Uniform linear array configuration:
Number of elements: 24
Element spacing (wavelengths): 0.25
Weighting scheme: exponential
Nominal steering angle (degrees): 45
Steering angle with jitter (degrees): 45.967
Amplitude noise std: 0.05
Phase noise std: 0.05

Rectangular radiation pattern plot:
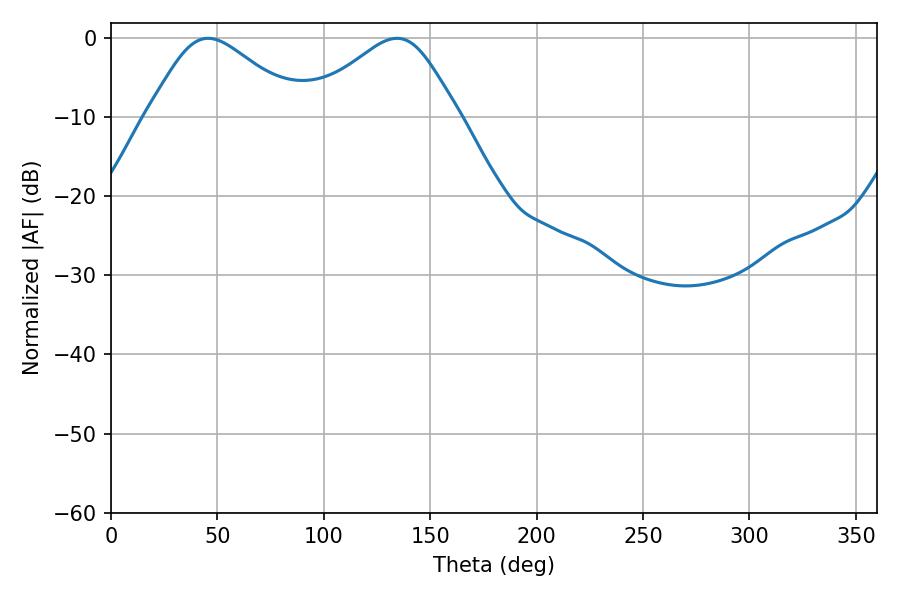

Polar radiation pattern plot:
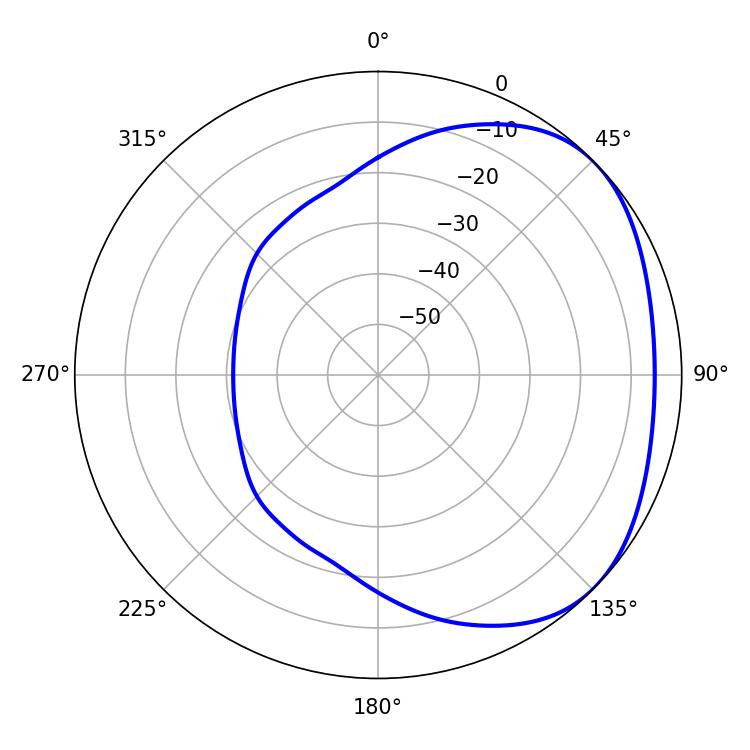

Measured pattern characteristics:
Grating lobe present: FALSE
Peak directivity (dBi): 2.719
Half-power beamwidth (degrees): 35.82
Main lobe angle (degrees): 45.54